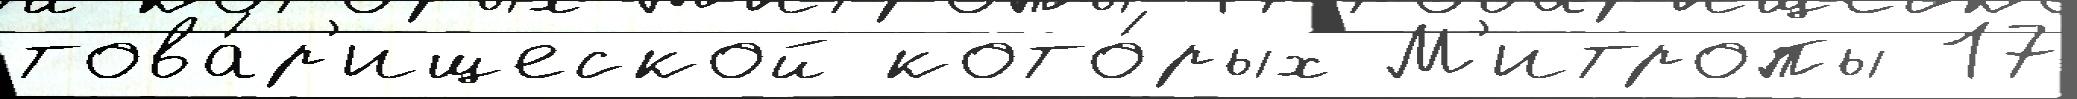
това́р'ищеской кото́рых М'итропы 17